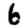
Digit: 6